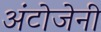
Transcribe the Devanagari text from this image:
अंटोजेनी